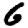
Digit: 6